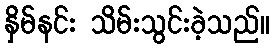
နှိမ်နင်း သိမ်းသွင်းခဲ့သည်။